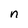
Character: n